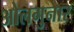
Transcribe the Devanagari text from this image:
ओलगुनार